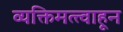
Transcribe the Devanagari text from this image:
व्यक्तिमत्त्वाहून